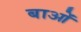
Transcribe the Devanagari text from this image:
बाओं